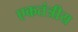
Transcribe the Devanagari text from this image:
एकतंत्रीय